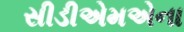
સીડીએમએના